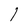
Character: l